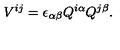
V ^ { i j } = \epsilon _ { \alpha \beta } Q ^ { i \alpha } Q ^ { j \beta } .